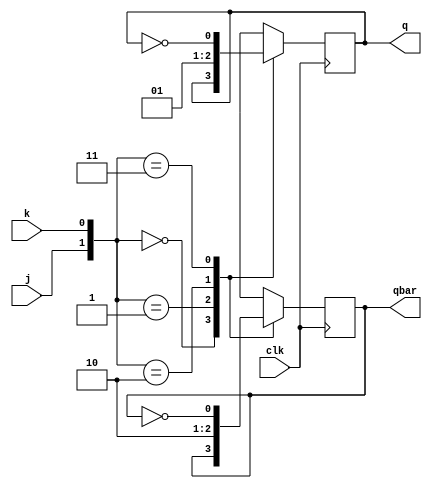
module jkff(j,k,clk,q,qbar);

input j,k,clk;
output reg q,qbar;

initial 
    begin 
        q = 0;
        qbar = 0;
    end
always@(posedge clk)
    begin 
        case({j,k})
        2'b 00: begin 
                    q = q ; 
                    qbar=qbar; 
                end
	    2'b 01: begin 
                    q=0; 
                    qbar=1; 
                end
	    2'b 10: begin 
                    q=1; 
                    qbar=0; 
                end
	    2'b 11: begin 
                    q=~q; 
                    qbar=~qbar; 
                end
        endcase
    end
endmodule